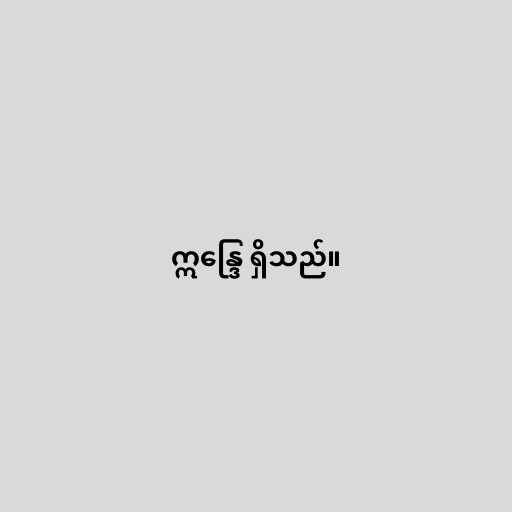
ဣန္ဒြေ ရှိသည်။